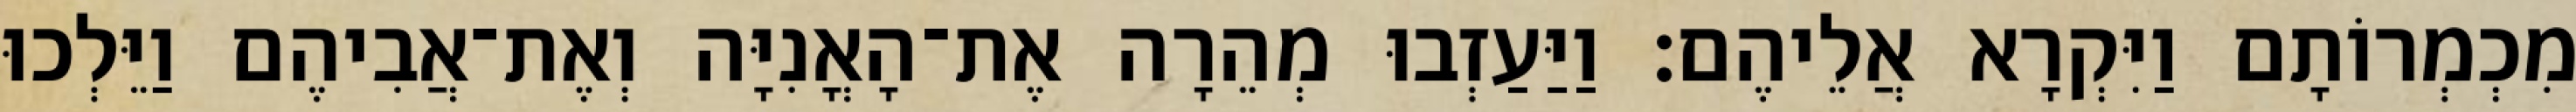
מִכְמְרוֹתָם וַיִּקְרָא אֲלֵיהֶם׃ וַיַּעַזְבוּ מְהֵרָה אֶת־הָאֳנִיָּה וְאֶת־אֲבִיהֶם וַיֵּלְכוּ